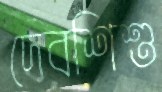
দেবশিশু